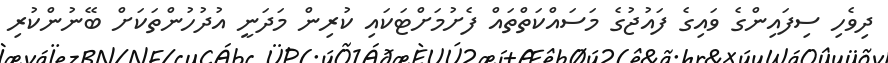
ދިވެހި ސިފައިންގެ ވައިގެ ފައުޖުގެ މަސައްކަތްތައް ފެށުމަށްޓަކައި ކުރިން މަދަނީ އުދުހުންތަކަށް ބޭނުންކުރި